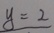
y = 2